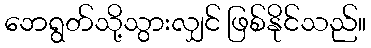
ဘေရွတ်သို့သွားလျှင် ဖြစ်နိုင်သည်။